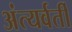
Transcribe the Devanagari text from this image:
अंत्यर्वर्ती